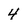
Character: 4